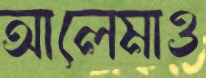
আলেমাও